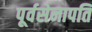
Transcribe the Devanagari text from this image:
पूर्वसेनापति